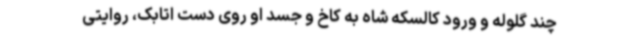
چند گلوله و ورود کالسکه شاه به کاخ و جسد او روی دست اتابک، روایتی